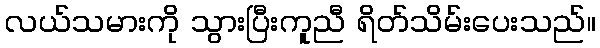
လယ်သမားကို သွားပြီးကူညီ ရိတ်သိမ်းပေးသည်။